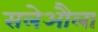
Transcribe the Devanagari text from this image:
सलेऔला